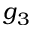
g _ { 3 }